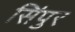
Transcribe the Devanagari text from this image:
सिंपुर